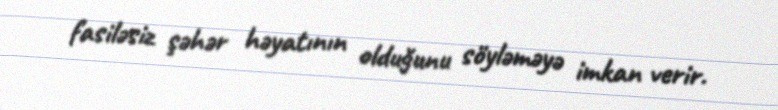
fasiləsiz şəhər həyatının olduğunu söyləməyə imkan verir.